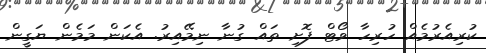
ކުރިއެރުމެއް ހުރިހާ ވޯޓް ފޮށި ތައް ގުނާ ނިމޭއިރު. އެކަން މަމެން ޔަގީން